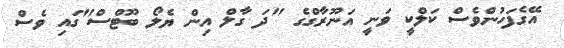
އޭގެފަހުންވެސް ކަލްކީ ވަނީ އަނޫރާގްގެ "ދަ ގާލް އިން ޔެލޯ ބޫޓްސް"ގައި ވެސް